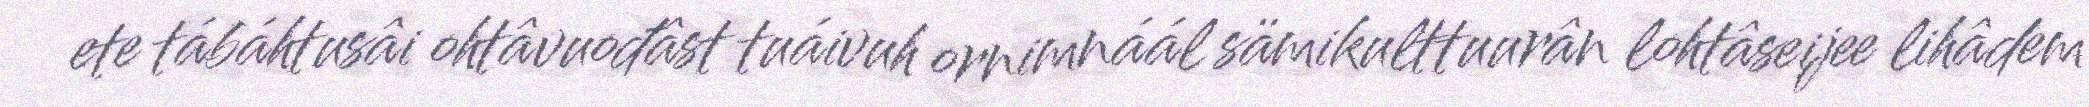
ete tábáhtusâi ohtâvuođâst tuáivuh ornimnáál sämikulttuurân lohtâseijee lihâdem